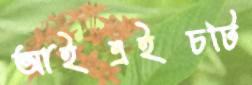
আইএইচটি